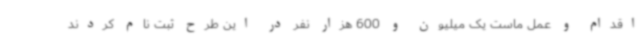
اقدام و عمل ماست یک میلیون و 600 هزار نفر در این طرح ثبت نام کردند